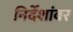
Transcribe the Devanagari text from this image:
निर्देशांवर